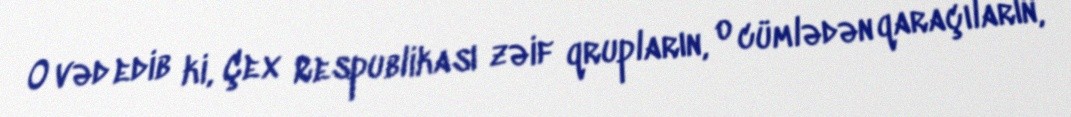
O vəd edib ki, Çex Respublikası zəif qrupların, o cümlədən qaraçıların,